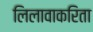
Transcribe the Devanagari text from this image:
लिलावाकरिता